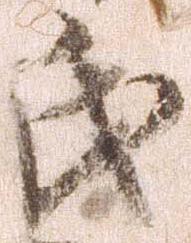
氏